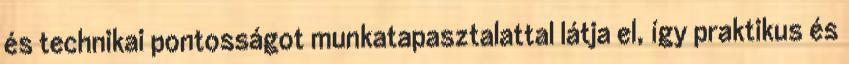
és technikai pontosságot munkatapasztalattal látja el, így praktikus és